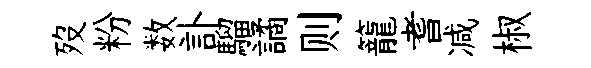
歿粉数訃騮譎则籠耆减椒